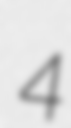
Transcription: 4